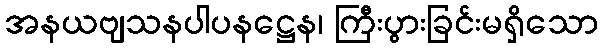
အနယဗျသနပါပနဋ္ဌေန၊ ကြီးပွားခြင်းမရှိသော